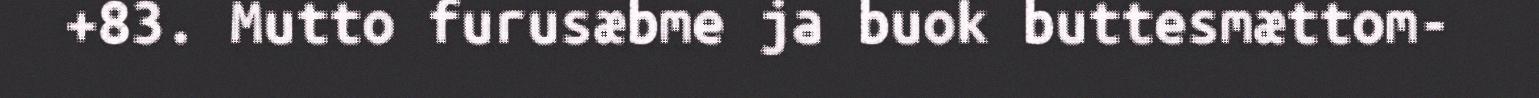
+83. Mutto furusæbme ja buok buttesmættom-